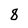
Character: 8